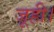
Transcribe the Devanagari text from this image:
जूही।